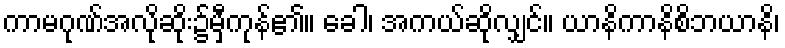
ကာမဂုဏ်အလိုဆိုး၌မှီကုန်၏။ ခေါ၊ အကယ်ဆိုလျှင်။ ယာနိကာနိစိဘယာနိ၊